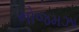
મોજમઝા